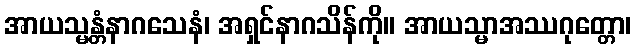
အာယသ္မန္တံနာဂသေနံ၊ အရှင်နာဂသိန်ကို။ အာယသ္မာအဿဂုတ္တော၊